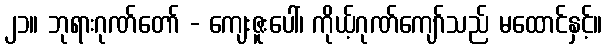
၂၁။ ဘုရားဂုဏ်တော် - ကျေးဇူးပေါ်၊ ကိုယ့်ဂုဏ်ကျော်သည် မထောင်နှင့်။